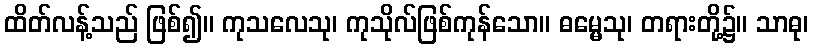
ထိတ်လန့်သည် ဖြစ်၍။ ကုသလေသု၊ ကုသိုလ်ဖြစ်ကုန်သော။ ဓမ္မေသု၊ တရားတို့၌။ သာဓု၊